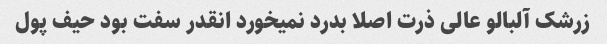
زرشک آلبالو عالی ذرت اصلا بدرد نمیخورد انقدر سفت بود حیف پول